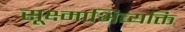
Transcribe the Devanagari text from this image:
सूक्ष्माभिव्यक्ति